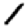
Digit: 1